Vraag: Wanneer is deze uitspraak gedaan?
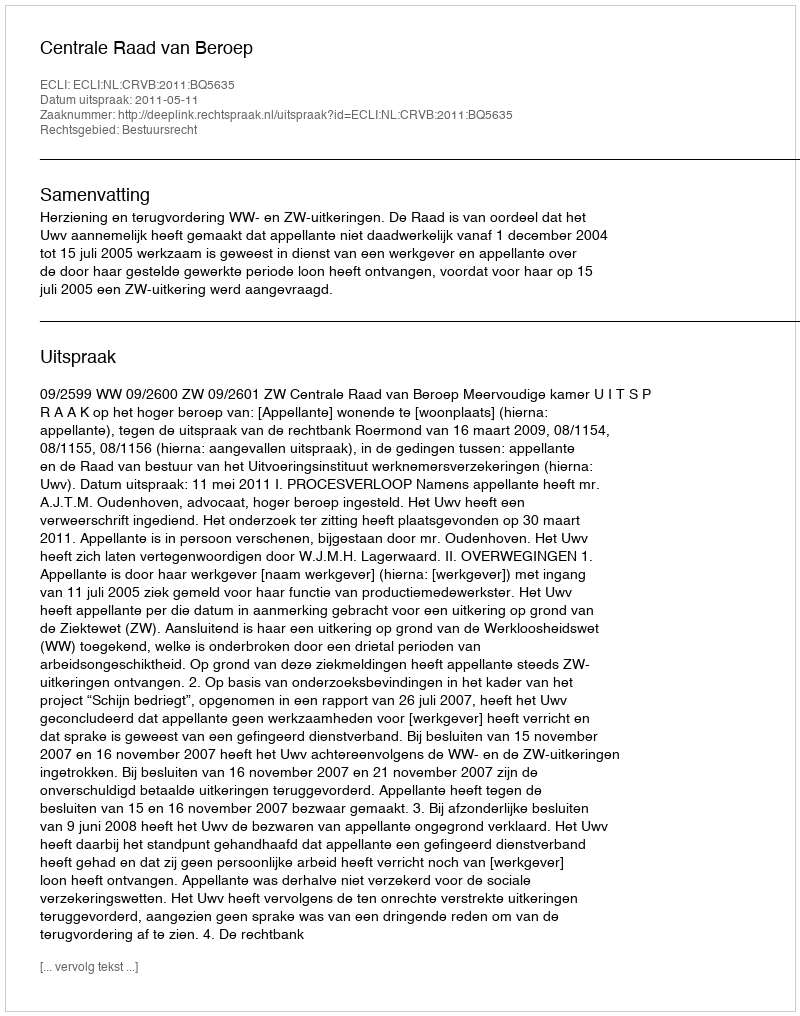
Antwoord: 2011-05-11